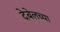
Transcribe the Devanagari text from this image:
देबेलच्या